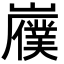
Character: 𫶟